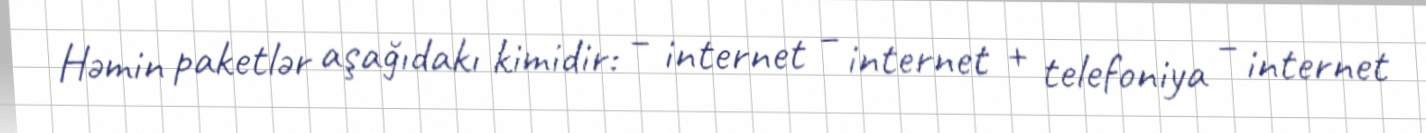
Həmin paketlər aşağıdakı kimidir: – internet – internet + telefoniya – internet